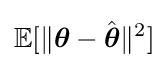
\mathbb {E} [\|{\boldsymbol {\theta }}-{\hat {\boldsymbol {\theta }}}\|^{2}]